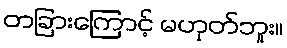
တခြားကြောင့် မဟုတ်ဘူး။